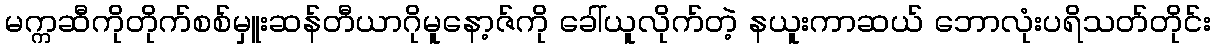
မက္ကဆီကိုတိုက်စစ်မှူးဆန်တီယာဂိုမူနော့ဇ်ကို ခေါ်ယူလိုက်တဲ့ နယူးကာဆယ် ဘောလုံးပရိသတ်တိုင်း